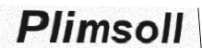
Plimsoll